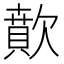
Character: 歕